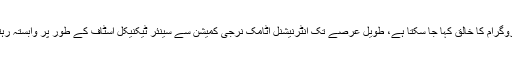
ڈاکٹر منیر احمد خان کو بجا طور پر پاکستان کے ایٹمی پروگرام کا خالق کہا جا سکتا ہے، طویل عرصے تک انٹرنیشنل اٹامک نرجی کمیشن سے سینئر ٹیکنیکل اسٹاف کے طور پر وابستہ رہتے ہوئے انہوں نے ’ری ایکٹر خان‘ کا خطاب حاصل کیا۔